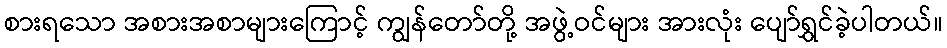
စားရသော အစားအစာများကြောင့် ကျွန်တော်တို့ အဖွဲ့ဝင်များ အားလုံး ပျော်ရွှင်ခဲ့ပါတယ်။